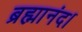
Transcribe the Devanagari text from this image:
ब्रह्मानंद।